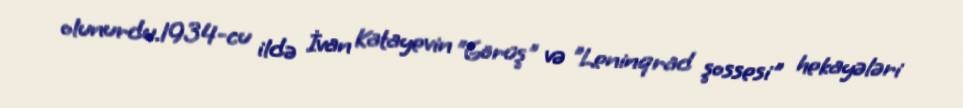
olunurdu.1934-cu ildə İvan Katayevin "Görüş" və "Leninqrad şossesi" hekayələri